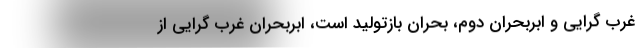
غرب گرایی و ابربحران دوم، بحران بازتولید است، ابربحران غرب گرایی از